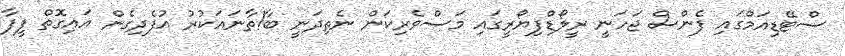
ސްޓޭޑިއަމްގައި ފެންސް ޖަހަނީ ރީލޯޑްފިޔޯރީގައި މަސްވެރިކަން ނެތިދަނީ ބާ!ތާނައަކުރު އުފެދިގެން އައިގޮތް ފީފާ